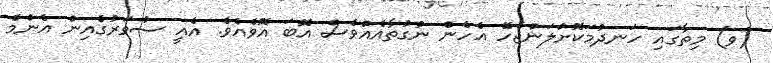
(ވ) މިތާގައި ހަނދުމަކޮށްލަންޖެހޭ އެހެން ނުގުތާއެއްވެސް އޮބަ އޮވެއެވެ. އެއީ ސުވަރުގެއިން އެންމެ